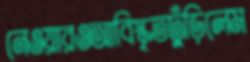
নেওয়ারওআবিস্কৃতঢুঁড়িলেম